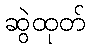
ဆွဲထုတ်